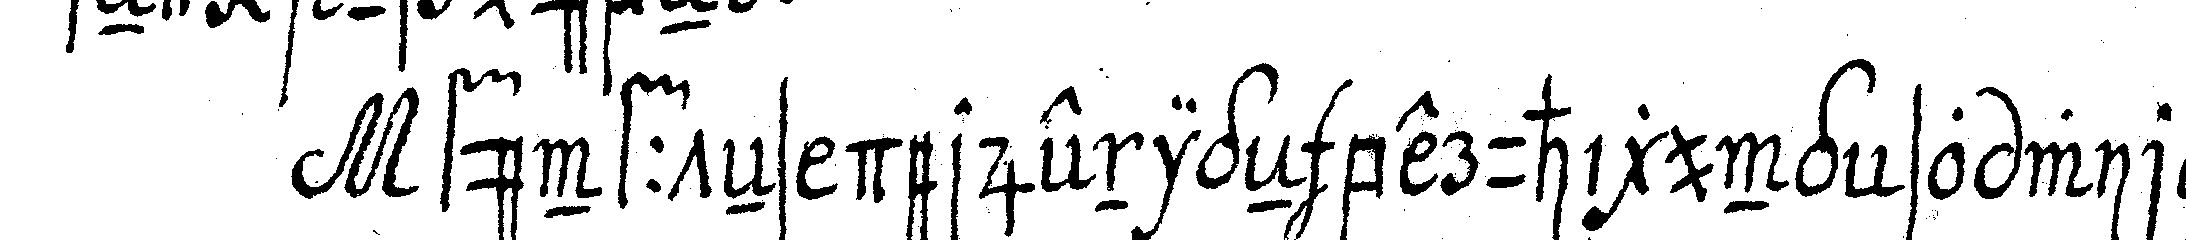
fünffteNs derjenigeN beruhigung so wir